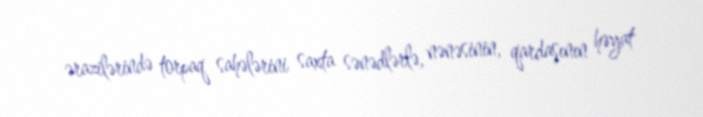
ərazilərində torpaq sahələrini saxta sənədlərlə, nənəsinin, qardaşının həyat